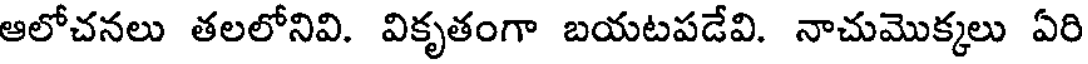
ఆలోచనలు తలలోనివి. వికృతంగా బయటపడేవి. నాచుమొక్కలు ఏరి